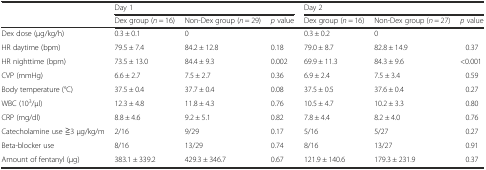
<table><thead><tr><td></td><td colspan="3"><b>Day 1</b></td><td colspan="3"><b>Day 2</b></td></tr><tr><td></td><td><b>Dex group (<i>n</i> = 16)</b></td><td><b>Non-Dex group (<i>n</i> = 29)</b></td><td><b><i>p</i> value</b></td><td><b>Dex group (<i>n</i> = 16)</b></td><td><b>Non-Dex group (<i>n</i> = 27)</b></td><td><b><i>p</i> value</b></td></tr></thead><tbody><tr><td>Dex dose (μg/kg/h)</td><td>0.3 ± 0.1</td><td>0</td><td></td><td>0.3 ± 0.2</td><td>0</td><td></td></tr><tr><td>HR daytime (bpm)</td><td>79.5 ± 7.4</td><td>84.2 ± 12.8</td><td>0.18</td><td>79.0 ± 8.7</td><td>82.8 ± 14.9</td><td>0.37</td></tr><tr><td>HR nighttime (bpm)</td><td>73.5 ± 13.0</td><td>84.4 ± 9.3</td><td>0.002</td><td>69.9 ± 11.3</td><td>84.3 ± 9.6</td><td>&lt;0.001</td></tr><tr><td>CVP (mmHg)</td><td>6.6 ± 2.7</td><td>7.5 ± 2.7</td><td>0.36</td><td>6.9 ± 2.4</td><td>7.5 ± 3.4</td><td>0.59</td></tr><tr><td>Body temperature (°C)</td><td>37.5 ± 0.4</td><td>37.7 ± 0.4</td><td>0.08</td><td>37.5 ± 0.5</td><td>37.6 ± 0.4</td><td>0.27</td></tr><tr><td>WBC (10<sup>3</sup>/μl)</td><td>12.3 ± 4.8</td><td>11.8 ± 4.3</td><td>0.76</td><td>10.5 ± 4.7</td><td>10.2 ± 3.3</td><td>0.80</td></tr><tr><td>CRP (mg/dl)</td><td>8.8 ± 4.6</td><td>9.2 ± 5.1</td><td>0.82</td><td>7.8 ± 4.4</td><td>8.2 ± 4.0</td><td>0.76</td></tr><tr><td>Catecholamine use ≧3 μg/kg/m</td><td>2/16</td><td>9/29</td><td>0.17</td><td>5/16</td><td>5/27</td><td>0.27</td></tr><tr><td>Beta-blocker use</td><td>8/16</td><td>13/29</td><td>0.74</td><td>8/16</td><td>13/27</td><td>0.91</td></tr><tr><td>Amount of fentanyl (μg)</td><td>383.1 ± 339.2</td><td>429.3 ± 346.7</td><td>0.67</td><td>121.9 ± 140.6</td><td>179.3 ± 231.9</td><td>0.37</td></tr></tbody></table>